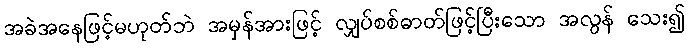
အခဲအနေဖြင့်မဟုတ်ဘဲ အမှန်အားဖြင့် လျှပ်စစ်ဓာတ်ဖြင့်ပြီးသော အလွန် သေး၍